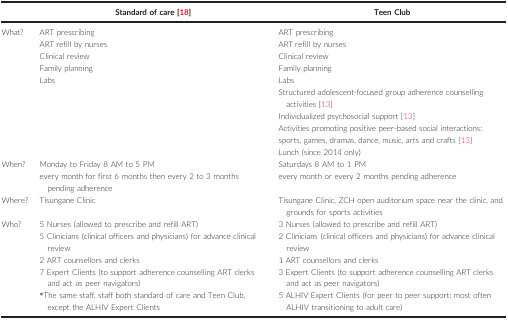
|  | Standard of care 18 | Teen Club |
 | --- | --- | --- |
 | What? | ART prescribingART refill by nursesClinical reviewFamily planningLabs | ART prescribingART refill by nursesClinical reviewFamily planningLabsStructured adolescent‐focused group adherence counselling activities 13Individualized psychosocial support 13Activities promoting positive peer‐based social interactions: sports, games, dramas, dance, music, arts and crafts 13Lunch (since 2014 only) |
 | When? | Monday to Friday 8 AM to 5 PMevery month for first 6 months then every 2 to 3 months pending adherence | Saturdays 8 AM to 1 PMevery month or every 2 months pending adherence |
 | Where? | Tisungane Clinic | Tisungane Clinic, ZCH open auditorium space near the clinic, and grounds for sports activities |
 | Who? | 5 Nurses (allowed to prescribe and refill ART)5 Clinicians (clinical officers and physicians) for advance clinical review2 ART counsellors and clerks7 Expert Clients (to support adherence counselling ART clerks and act as peer navigators)*The same staff, staff both standard of care and Teen Club, except the ALHIV Expert Clients | 3 Nurses (allowed to prescribe and refill ART)2 Clinicians (clinical officers and physicians) for advance clinical review1 ART counsellors and clerks3 Expert Clients (to support adherence counselling ART clerks and act as peer navigators)5 ALHIV Expert Clients (for peer to peer support; most often ALHIV transitioning to adult care) |